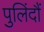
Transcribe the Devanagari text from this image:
पुलिंदौं